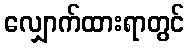
လျှောက်ထားရာတွင်